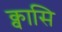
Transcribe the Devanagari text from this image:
क्वासि